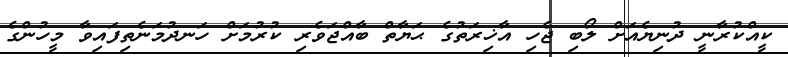
ކީއްކުރާނީ ދުނިޔެއަށް ލޯބި ޖެހި އާޚިރަތުގެ ޙަޔާތް ބާއްޖަވެރި ކުރުމަށް ހަނދުމަނެތިފައިވާ މީހުންގެ